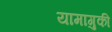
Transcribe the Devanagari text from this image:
यामागुकी